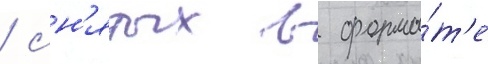
/ сн'ятых в форма́т'е